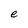
Character: e